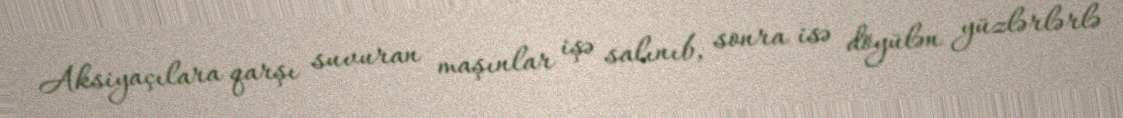
Aksiyaçılara qarşı suvuran maşınlar işə salınıb, sonra isə döyülən yüzlərlərlə